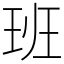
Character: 班